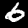
Digit: 6